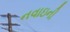
નવાઇની